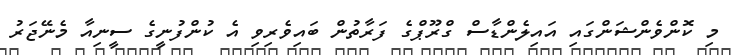
މި ކޮންވެންޝަންގައި އައިލެންޑާސް ގްރޫޕްގެ ފަރާތުން ބައިވެރިވި އެ ކުންފުނީގެ ސީނިއާ މެނޭޖަރު